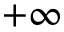
+ \infty